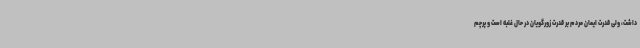
داشت، ولی قدرت ایمان مردم بر قدرت زورگویان در حال غلبه است و پرچم